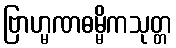
ဗြာဟ္မဏဓမ္မိကသုတ္တ